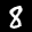
Label: 8